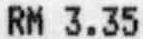
RM 3.35